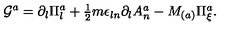
{ \cal G } ^ { a } = \partial _ { l } \Pi _ { l } ^ { a } + \textstyle { \frac { 1 } { 2 } } m \epsilon _ { l n } \partial _ { l } A _ { n } ^ { a } - M _ { ( a ) } \Pi _ { \xi } ^ { a } .